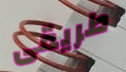
طريقى